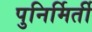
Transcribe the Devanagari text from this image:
पुनिर्मिर्ती